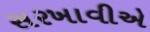
સરખાવીએ